Lunatic asylums in Bengal annual reports 1912-1924 - 1912-1924
Year: 1912
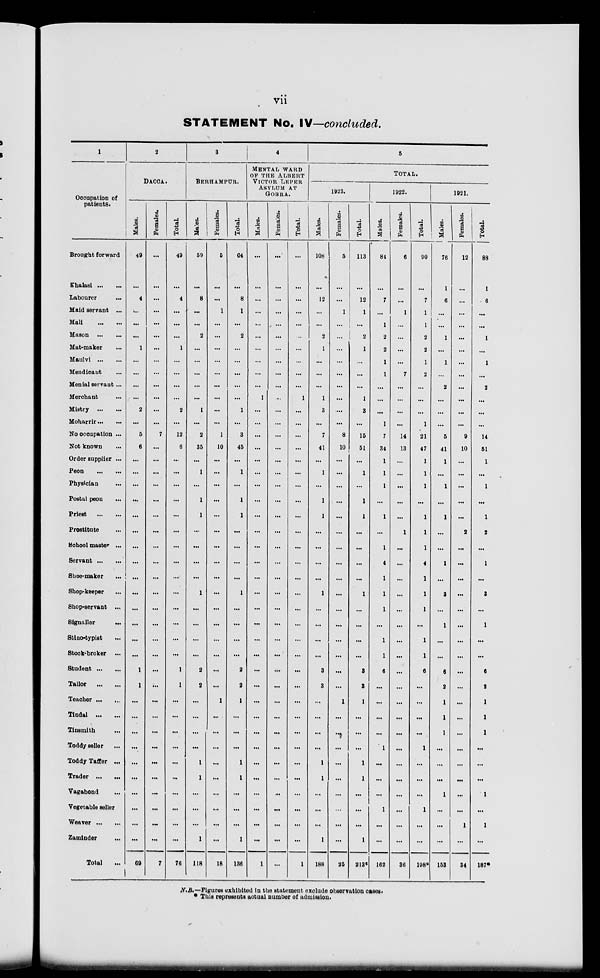
vii
STATEMENT No. IV—concluded.
1
Occupation of
patients.
Brought forward
Khalasi ... ...
Labourer ...
Maid servant ...
Mali
...
...
Mason
...
...
Mat-maker ...
Maulvi
...
...
Mendicant ...
Menial servant...
Merchant ...
Mistry
...
...
Moharrir ... ...
No occupation ...
Not known ...
Order supplier ...
Peon
...
...
Physician ...
Postal peon ...
Priest
...
...
Prostitute ...
School master ...
Servant ... ...
Shoe-maker ...
Shop-keeper ...
Shop-servant ...
Signaller
...
Stino-typist ...
Stook-broker ...
Student ... ...
Tailor
...
...
Teacher ... ...
Tindal
...
...
Tinsmith ...
Toddy seller ...
Toddy Taffer ...
Trader
...
...
Vagabond ...
Vegetable seller
Weaver ... ...
Zaminder ... ...
Total ...
2
DACCA.
Males.
49
...
4
...
...
...
1
...
...
...
...
2
...
5
6
...
...
...
...
...
...
...
...
...
...
...
...
...
...
1
1
...
...
...
...
...
...
...
...
...
...
69
Females.
...
...
...
...
...
...
...
...
...
...
...
...
...
7
...
...
...
...
...
...
...
...
...
...
...
...
...
...
...
...
...
...
...
...
...
...
...
...
...
...
...
7
Total.
49
...
4
...
...
...
1
...
...
...
...
2
...
12
6
...
...
...
...
...
...
...
...
...
...
...
...
...
...
1
1
...
...
...
...
...
...
...
...
...
...
76
3
BERHAMPUR.
Males.
59
...
8
...
...
2
...
...
...
...
...
1
...
2
35
...
1
...
1
1
...
...
...
...
1
...
...
...
...
2
2
...
...
...
...
1
1
...
...
...
1
118
Females.
5
...
...
1
...
...
...
...
...
...
...
...
...
1
10
...
...
...
...
...
...
...
...
...
...
...
...
...
...
...
...
1
...
...
...
...
...
...
...
...
...
18
Total.
64
...
8
1
...
2
...
...
...
...
...
1
...
3
45
...
1
...
1
1
...
...
...
...
1
...
...
...
...
2
2
1
...
...
...
1
1
...
...
...
1
136
4
MENTAL
WARD
OF THE ALBERT
VICTOR
LEPER
ASYLUM AT
GOBRA.
Males.
...
...
...
...
...
...
...
...
...
...
1
...
...
...
...
...
...
...
...
...
...
...
...
...
...
...
...
...
...
...
...
...
...
...
...
...
...
...
...
...
...
1
Females.
...
...
...
...
...
...
...
...
...
...
...
...
...
...
...
...
...
...
...
...
...
...
...
...
...
...
...
...
...
...
...
...
...
...
...
...
...
...
...
...
...
...
Total.
...
...
...
...
...
...
...
...
1
...
...
...
...
...
...
...
...
...
...
...
...
...
...
...
...
...
...
...
...
...
...
...
...
...
...
...
...
...
...
1
5
TOTAL.
1923.
Males.
108
...
12
...
...
2
1
...
...
...
1
3
...
7
41
...
1
...
1
1
...
...
...
...
1
...
...
...
...
3
3
...
...
...
...
1
1
...
...
...
1
188
Females.
5
...
...
1
...
...
...
...
...
...
...
...
...
8
10
...
...
...
...
...
...
...
...
...
...
...
...
...
...
...
...
1
...
...
...
...
...
...
...
...
...
25
Total.
113
...
12
1
...
2
1
...
...
...
1
3
...
15
51
...
1
...
1
1
...
...
...
...
1
...
...
...
...
3
3
1
...
...
...
1
1
...
...
...
1
213*
1922.
Males.
84
...
7
...
1
2
2
1
1
...
...
...
1
7
34
1
1
1
...
1
...
1
4
1
1
1
...
1
1
6
...
...
...
...
1
...
...
...
1
...
...
162
Females.
6
...
...
1
...
...
...
...
7
...
...
...
...
14
13
...
...
...
...
...
1
...
...
...
...
...
...
...
...
...
...
...
...
...
...
...
...
...
...
...
...
36
Total.
90
...
7
1
1
2
2
1
2
...
...
...
1
21
47
1
1
1
...
1
1
1
4
1
1
1
...
1
1
6
...
...
...
...
1
...
...
...
1
...
...
198*
1921.
Males.
76
1
6
...
...
1
...
1
2
...
...
...
5
41
1
...
1
...
1
...
...
1
...
3
...
1
...
...
6
2
1
1
1
...
...
...
1
...
...
...
153
Females.
12
...
...
...
...
...
...
...
...
...
...
...
...
9
10
...
...
...
...
...
2
...
...
...
...
...
...
...
...
...
...
...
...
...
...
...
...
...
...
1
...
34
Total.
88
1
6
...
...
1
...
1
...
2
...
...
...
14
51
1
...
1
...
1
2
...
1
...
8
...
1
...
...
6
2
1
1
1
...
...
...
1
...
1
...
187*
N.B.— Figures exhibited in the statement exclude observation cases.
* This represents actual number of admission.